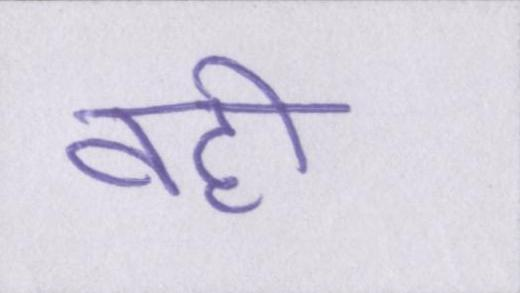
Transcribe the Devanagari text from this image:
वहीँ